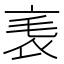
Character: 𧘝